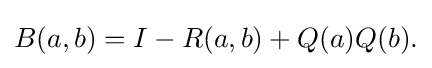
\displaystyle {B(a,b)=I-R(a,b)+Q(a)Q(b).}